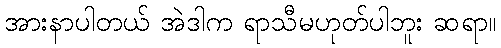
အားနာပါတယ် အဲဒါက ရာသီမဟုတ်ပါဘူး ဆရာ။